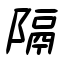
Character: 隔